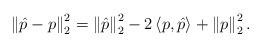
LaTeX: \begin{align*} \left\|\hat{p}- p\right\|^2_2 = \left\|\hat{p}\right\|_2^2 - 2\left<p,\hat{p}\right> + \left\|p\right\|_2^2.\end{align*}